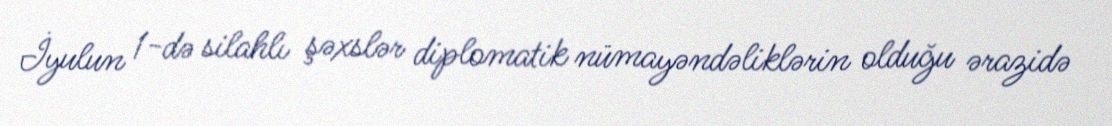
İyulun 1-də silahlı şəxslər diplomatik nümayəndəliklərin olduğu ərazidə